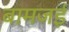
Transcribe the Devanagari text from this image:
बामजई